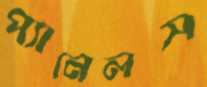
প্যানেলস